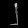
Digit: ၂